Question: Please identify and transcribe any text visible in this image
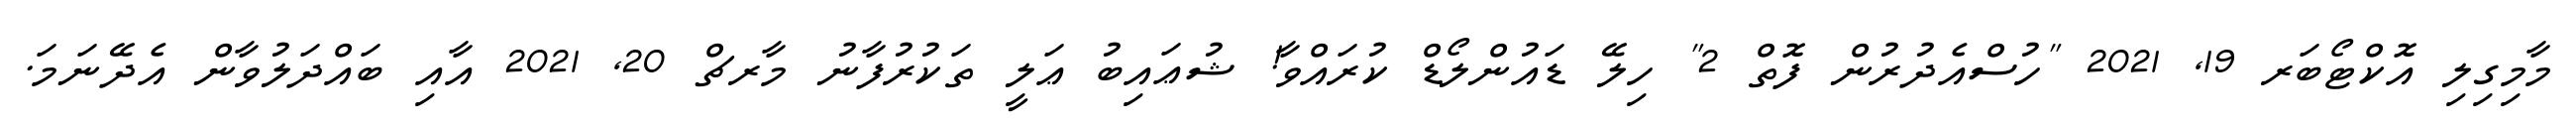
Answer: މާމިގިލި އޮކްޓޯބަރ 19, 2021 "ހުސްއެދުރުން ފޮތް 2" ހިލޭ ޑައުންލޯޑް ކުރައްވާ! ޝުޢައިބު ޢަލީ ތަކުރުފާނު މާރޗް 20, 2021 އާއި ބައްދަލުވާން އެދޭނަމަ.